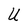
Character: U